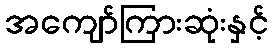
အကျော်ကြားဆုံးနှင့်